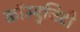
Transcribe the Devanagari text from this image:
कॉम्युनिटी